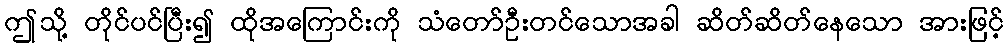
ဤသို့ တိုင်ပင်ပြီး၍ ထိုအကြောင်းကို သံတော်ဦးတင်သောအခါ ဆိတ်ဆိတ်နေသော အားဖြင့်